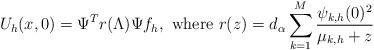
LaTeX: \begin{align*}U_h(x,0) = \Psi^T r(\Lambda) \Psi f_h, \ \mbox{where} \ r(z)=d_\alpha\sum_{k=1}^M \frac{\psi_{k,h}(0)^2}{\mu_{k,h} + z}\end{align*}